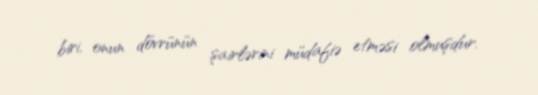
biri, onun dövrünün şairlərini müdafiə etməsi olmuşdur.